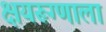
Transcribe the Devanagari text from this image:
क्षयरूग्णाला